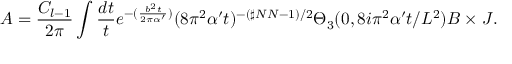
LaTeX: A = \frac { C _ { l - 1 } } { 2 \pi } \int \frac { d t } { t } e ^ { - ( \frac { b ^ { 2 } t } { 2 \pi \alpha ^ { \prime } } ) } ( 8 \pi ^ { 2 } \alpha ^ { \prime } t ) ^ { - ( \sharp N N - 1 ) / 2 } \Theta _ { 3 } ( 0 , 8 i \pi ^ { 2 } \alpha ^ { \prime } t / L ^ { 2 } ) B \times J .